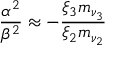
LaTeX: \frac { \alpha ^ { 2 } } { \beta ^ { 2 } } \approx - \frac { \xi _ { 3 } m _ { \nu _ { 3 } } } { \xi _ { 2 } m _ { \nu _ { 2 } } }